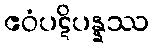
ဧဝံပဋိပန္နဿ